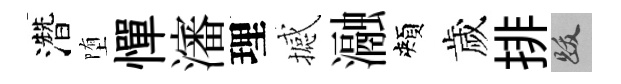
濳堕憚瀋理撼瀜頰歲排跋